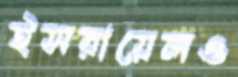
ইসরায়েলও